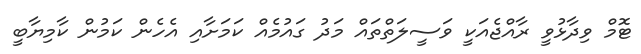
ޓޮމް ވިދާޅުވީ ރާއްޖެއަކީ ވަސީލަތްތައް މަދު ގައުމެއް ކަމަށާއި އެހެން ކަމުން ކާމިޔާބީ